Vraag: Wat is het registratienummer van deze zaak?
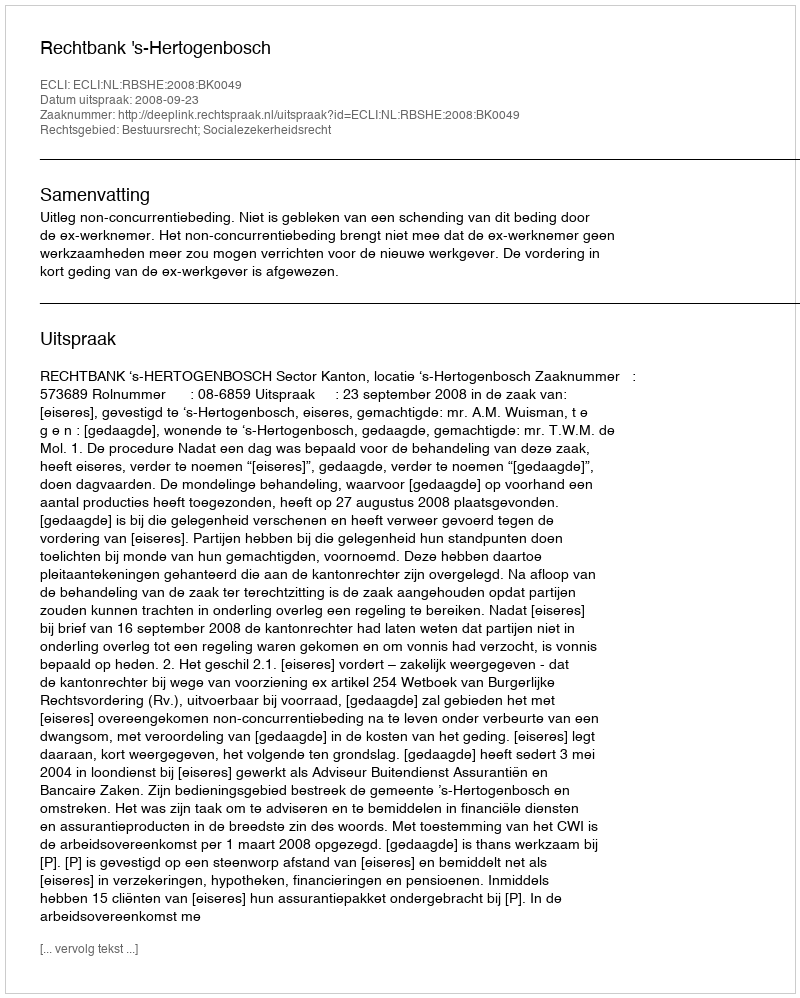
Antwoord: http://deeplink.rechtspraak.nl/uitspraak?id=ECLI:NL:RBSHE:2008:BK0049